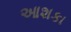
આશકા